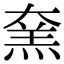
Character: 㚠